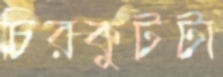
চিরকুটটা